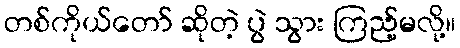
တစ်ကိုယ်တော် ဆိုတဲ့ ပွဲ သွား ကြည့်မလို့။